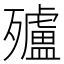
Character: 㱺